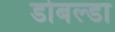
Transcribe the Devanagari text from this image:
डोबल्डा